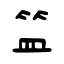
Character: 笽